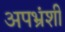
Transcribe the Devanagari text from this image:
अपभ्रंशी